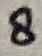
Text: 8